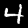
Digit: 4